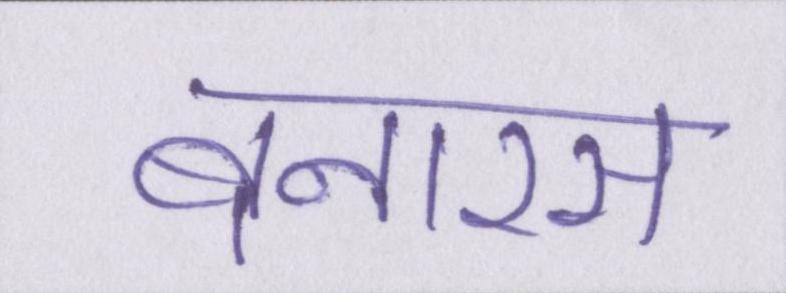
बनारस